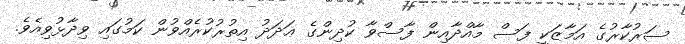
ސަރުކާރުގެ އަމާޒަކީ ފަސް މާއްދާއިން ފާސްވާ ކުދިންގެ ޢަދަދު އިތުރުކުރެއްވުން ކަމުގައި ވިދާޅުވިއެވެ.